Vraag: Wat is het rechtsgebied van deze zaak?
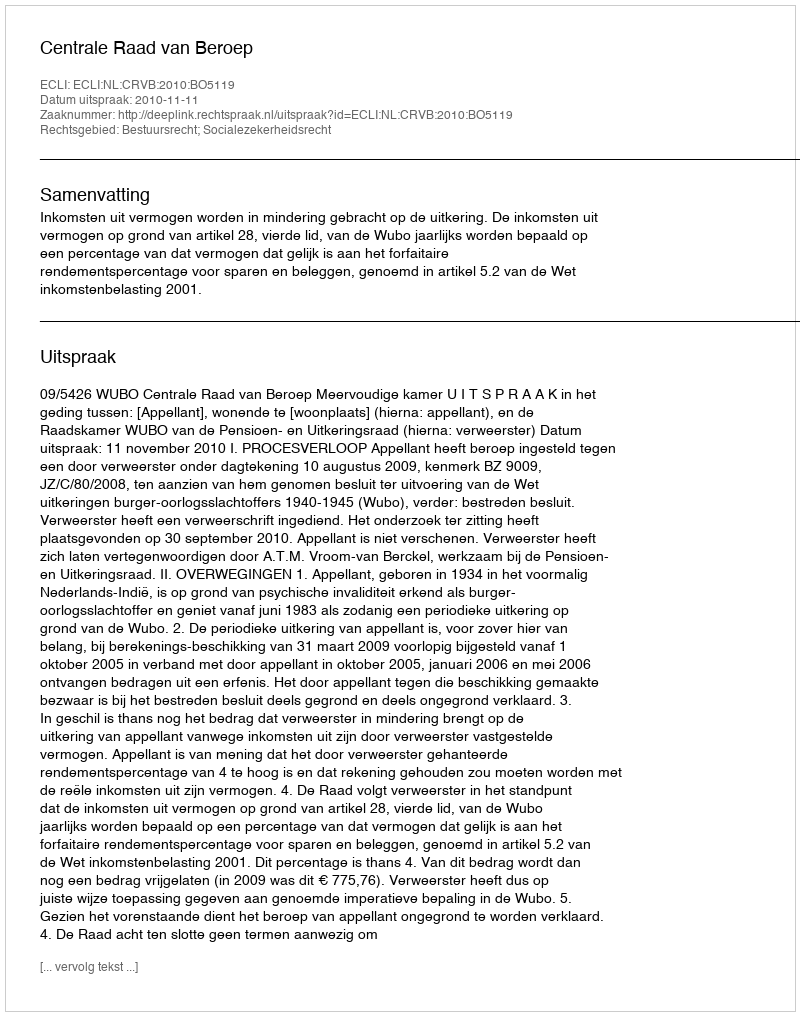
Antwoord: Bestuursrecht; Socialezekerheidsrecht